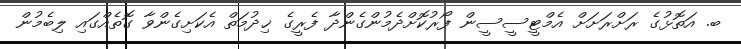
ބ. އަތޮޅުގެ ރަށްރަށަށް އެމްޓީސީސީން ފޯރުކޮށްދެމުންގެންދާ ފެރީގެ ޚިދުމަތް އެކަށިގެންވާ ގޮތެއްގައި ލިބެމުން